Newspaper: The daily morning Astorian. [volume]
Place of publication: Astoria, Oregon
Date: 1885-10-22 00:00:00
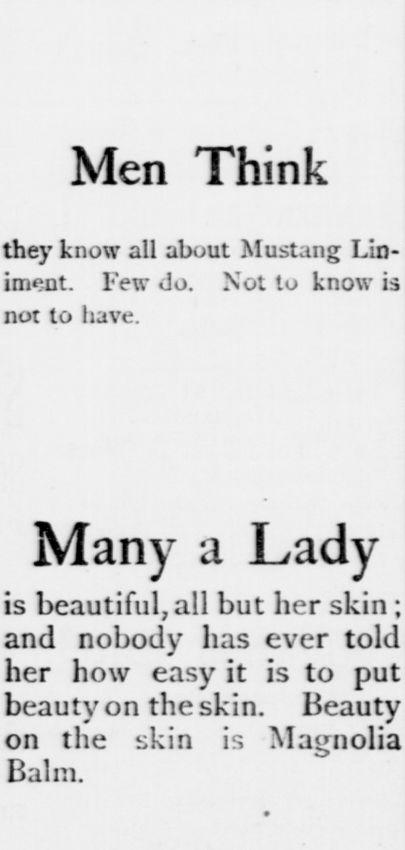
Advertisement text (OCR):
Men Think they know all about Mustang Lin iment. Few do. Not to know is not to have. Many a Lady is beautiful, all but her skin ; and nobody has ever told her how easy it is to put beauty on the skin. Beauty on the skin is Magnolia Balm.
Label: text-only